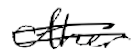
Text: other
Cross-out: double-line
Writing tool: digital_black